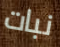
نبات